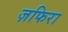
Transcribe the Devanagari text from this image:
ज़फिरा